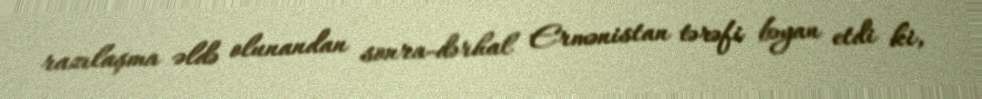
razılaşma əldə olunandan sonra-dərhal Ermənistan tərəfi bəyan etdi ki,